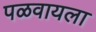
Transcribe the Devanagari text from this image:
पळवायला